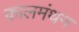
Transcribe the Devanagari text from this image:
कालमंथन